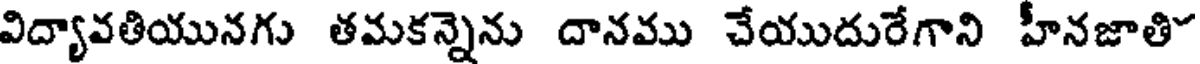
విద్యావతియునగు తమకన్నెను దానము చేయుదురేగాని హీనజాతి